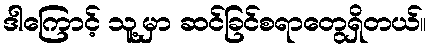
ဒါကြောင့် သူ့မှာ ဆင်ခြင်စရာတွေရှိတယ်။